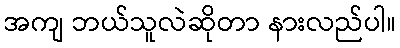
အကျ ဘယ်သူလဲဆိုတာ နားလည်ပါ။